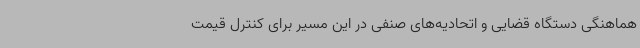
هماهنگی دستگاه قضایی و اتحادیه‌های صنفی در این مسیر برای کنترل قیمت